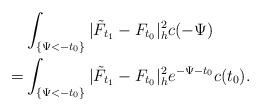
LaTeX: \begin{align*}&\int_{\{\Psi<-t_0\}}|\tilde{F}_{t_1}-F_{t_0}|^2_hc(-\Psi)\\= &\int_{\{\Psi<-t_0\}}|\tilde{F}_{t_1}-F_{t_0}|^2_he^{-\Psi-t_0}c(t_0).\\\end{align*}